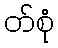
တ်စုံ